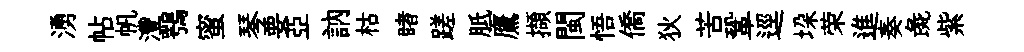
湧帖帆灃鶚蜜琴要亞訥枯睹蹉胝鷹擷閩悟僑狄苦鞏逕垜荣進奏彘紫